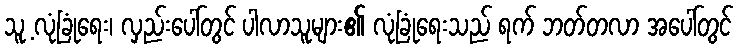
သူ့ လုံခြုံရေး၊ လှည်းပေါ်တွင် ပါလာသူများ၏ လုံခြုံရေးသည် ရက် ဘတ်တလာ အပေါ်တွင်